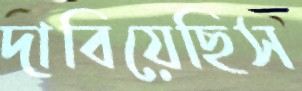
দাবিয়েছিস